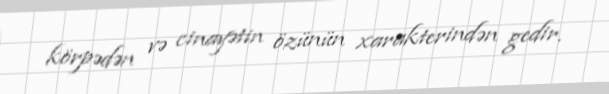
körpədən və cinayətin özünün xarakterindən gedir.